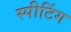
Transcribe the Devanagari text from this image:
स्पीटिंग